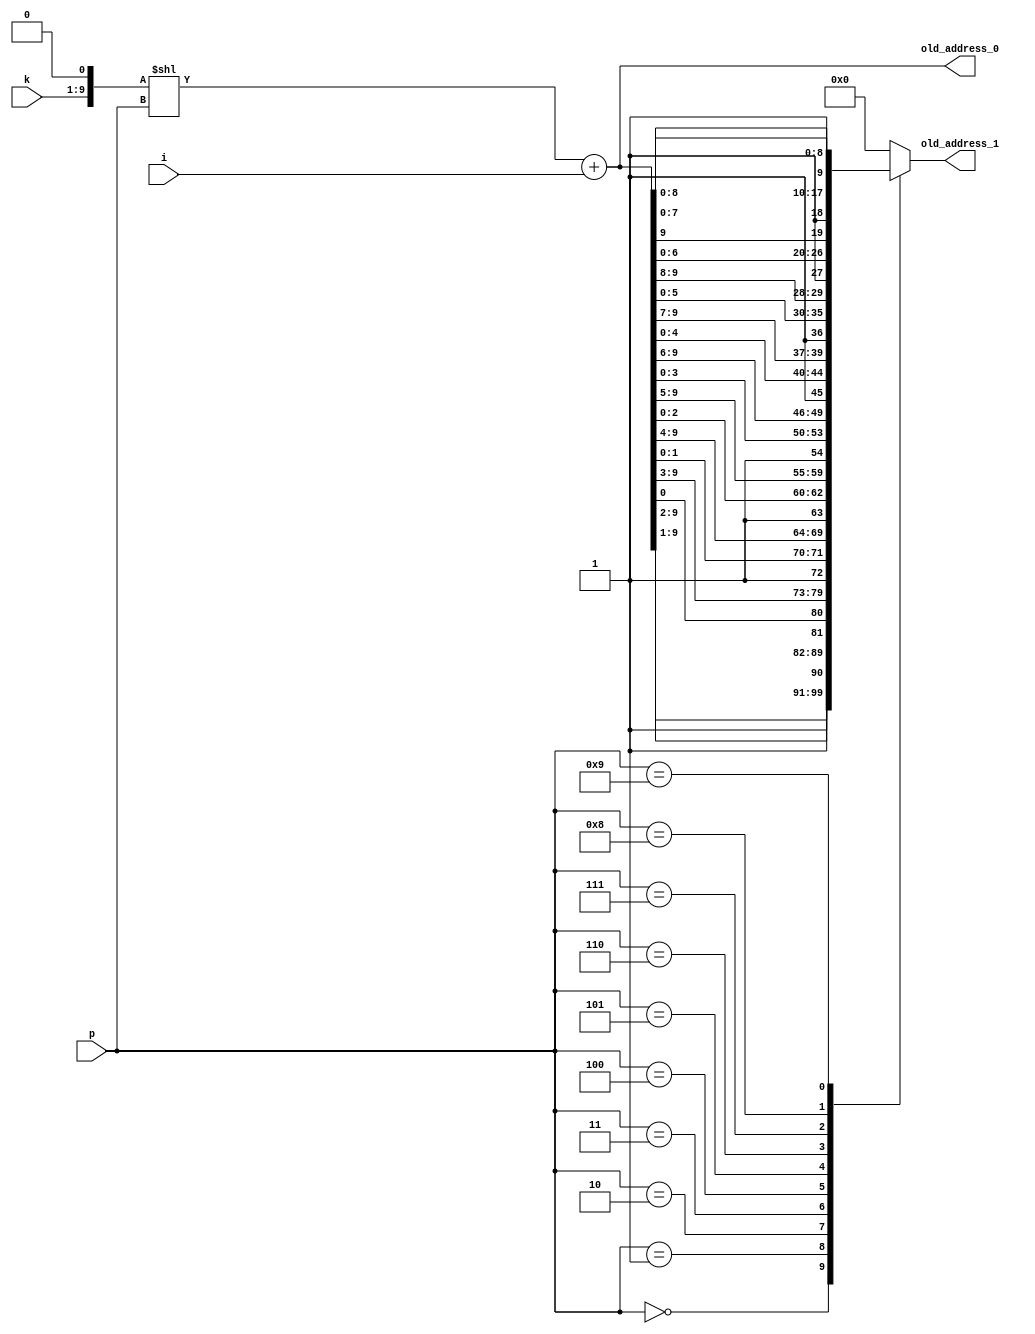
module address_generator(
    input [8:0] k,//max = 511
    input [8:0] i,//max = 511
	input [3:0] p,//max = 9
    output wire [9:0] old_address_0,old_address_1);
    
    reg [9:0] old_address_1_reg;
    
    assign old_address_1 = old_address_1_reg;
  
    assign old_address_0 = ((k << 1) << p) + i; 
    
    always@(*)
    begin
      case(p)
      0: old_address_1_reg = {old_address_0[9:1],1'b1};
      1: old_address_1_reg = {old_address_0[9:2],1'b1,old_address_0[0]};
      2: old_address_1_reg = {old_address_0[9:3],1'b1,old_address_0[1:0]};
      3: old_address_1_reg = {old_address_0[9:4],1'b1,old_address_0[2:0]};
      4: old_address_1_reg = {old_address_0[9:5],1'b1,old_address_0[3:0]};
      5: old_address_1_reg = {old_address_0[9:6],1'b1,old_address_0[4:0]};
      6: old_address_1_reg = {old_address_0[9:7],1'b1,old_address_0[5:0]};
      7: old_address_1_reg = {old_address_0[9:8],1'b1,old_address_0[6:0]};
      8: old_address_1_reg = {old_address_0[9],1'b1,old_address_0[7:0]};
      9: old_address_1_reg = {1'b1,old_address_0[8:0]};
      default: old_address_1_reg = 0;
      endcase
    end
    
endmodule